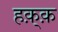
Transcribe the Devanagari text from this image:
हक़्क़